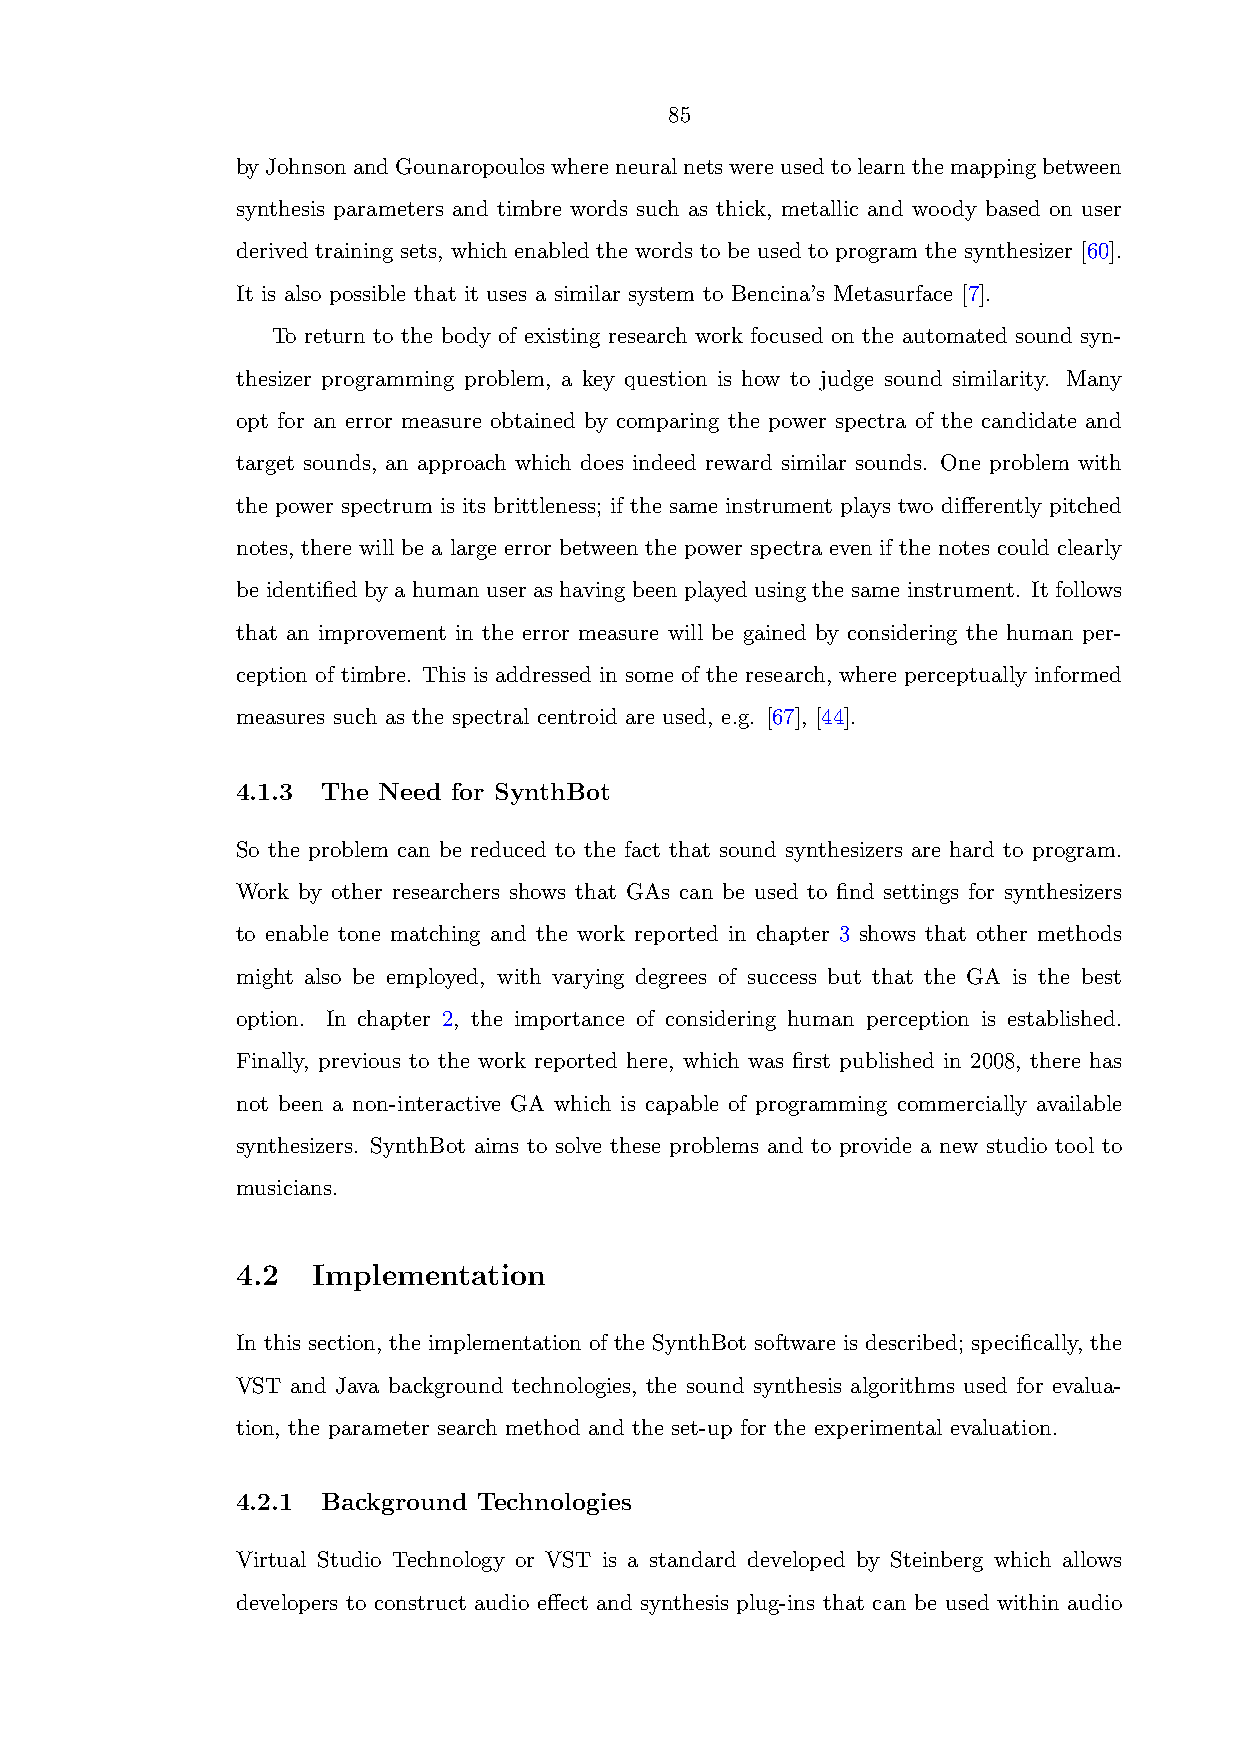
85
 byJohnsonandGounaropouloswhereneuralnetswereusedtolearnthemappingbetween
 synthesis parameters and timbre words such as thick, metallic and woody based on user
 derived training sets, which enabled the words to be used to program the synthesizer [60].
 It is also possible that it uses a similar system to Bencina’s Metasurface [7].
 To return to the body of existing research work focused on the automated sound syn-
 thesizer programming problem, a key question is how to judge sound similarity. Many
 opt for an error measure obtained by comparing the power spectra of the candidate and
 target sounds, an approach which does indeed reward similar sounds. One problem with
 the power spectrum is its brittleness; if the same instrument plays two differently pitched
 notes, there will be a large error between the power spectra even if the notes could clearly
 be identified by a human user as having been played using the same instrument. It follows
 that an improvement in the error measure will be gained by considering the human per-
 ception of timbre. This is addressed in some of the research, where perceptually informed
 measures such as the spectral centroid are used, e.g. [67], [44].
 4.1.3 The Need for SynthBot
 So the problem can be reduced to the fact that sound synthesizers are hard to program.
 Work by other researchers shows that GAs can be used to find settings for synthesizers
 to enable tone matching and the work reported in chapter 3 shows that other methods
 might also be employed, with varying degrees of success but that the GA is the best
 option. In chapter 2, the importance of considering human perception is established.
 Finally, previous to the work reported here, which was first published in 2008, there has
 not been a non-interactive GA which is capable of programming commercially available
 synthesizers. SynthBot aims to solve these problems and to provide a new studio tool to
 musicians.
 4.2  Implementation
 In this section, the implementation of the SynthBot software is described; specifically, the
 VST and Java background technologies, the sound synthesis algorithms used for evalua-
 tion, the parameter search method and the set-up for the experimental evaluation.
 4.2.1 Background Technologies
 Virtual Studio Technology or VST is a standard developed by Steinberg which allows
 developers to construct audio effect and synthesis plug-ins that can be used within audio